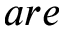
a r e